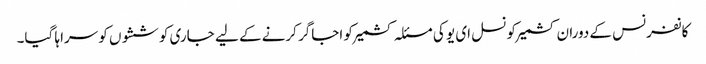
کانفرنس کے دوران کشمیرکونسل ای یو کی مسئلہ کشمیر کو اجاگر کرنے کے لیے جاری کوششوں کو سراہا گیا۔